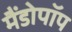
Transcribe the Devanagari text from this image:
मैंडोपॉप